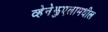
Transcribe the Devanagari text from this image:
व्हेनेझुएलामधील